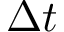
\Delta t